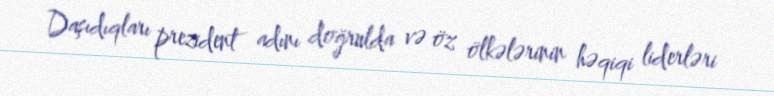
Daşıdıqları prezident adını doğrulda və öz ölkələrinin həqiqi liderləri